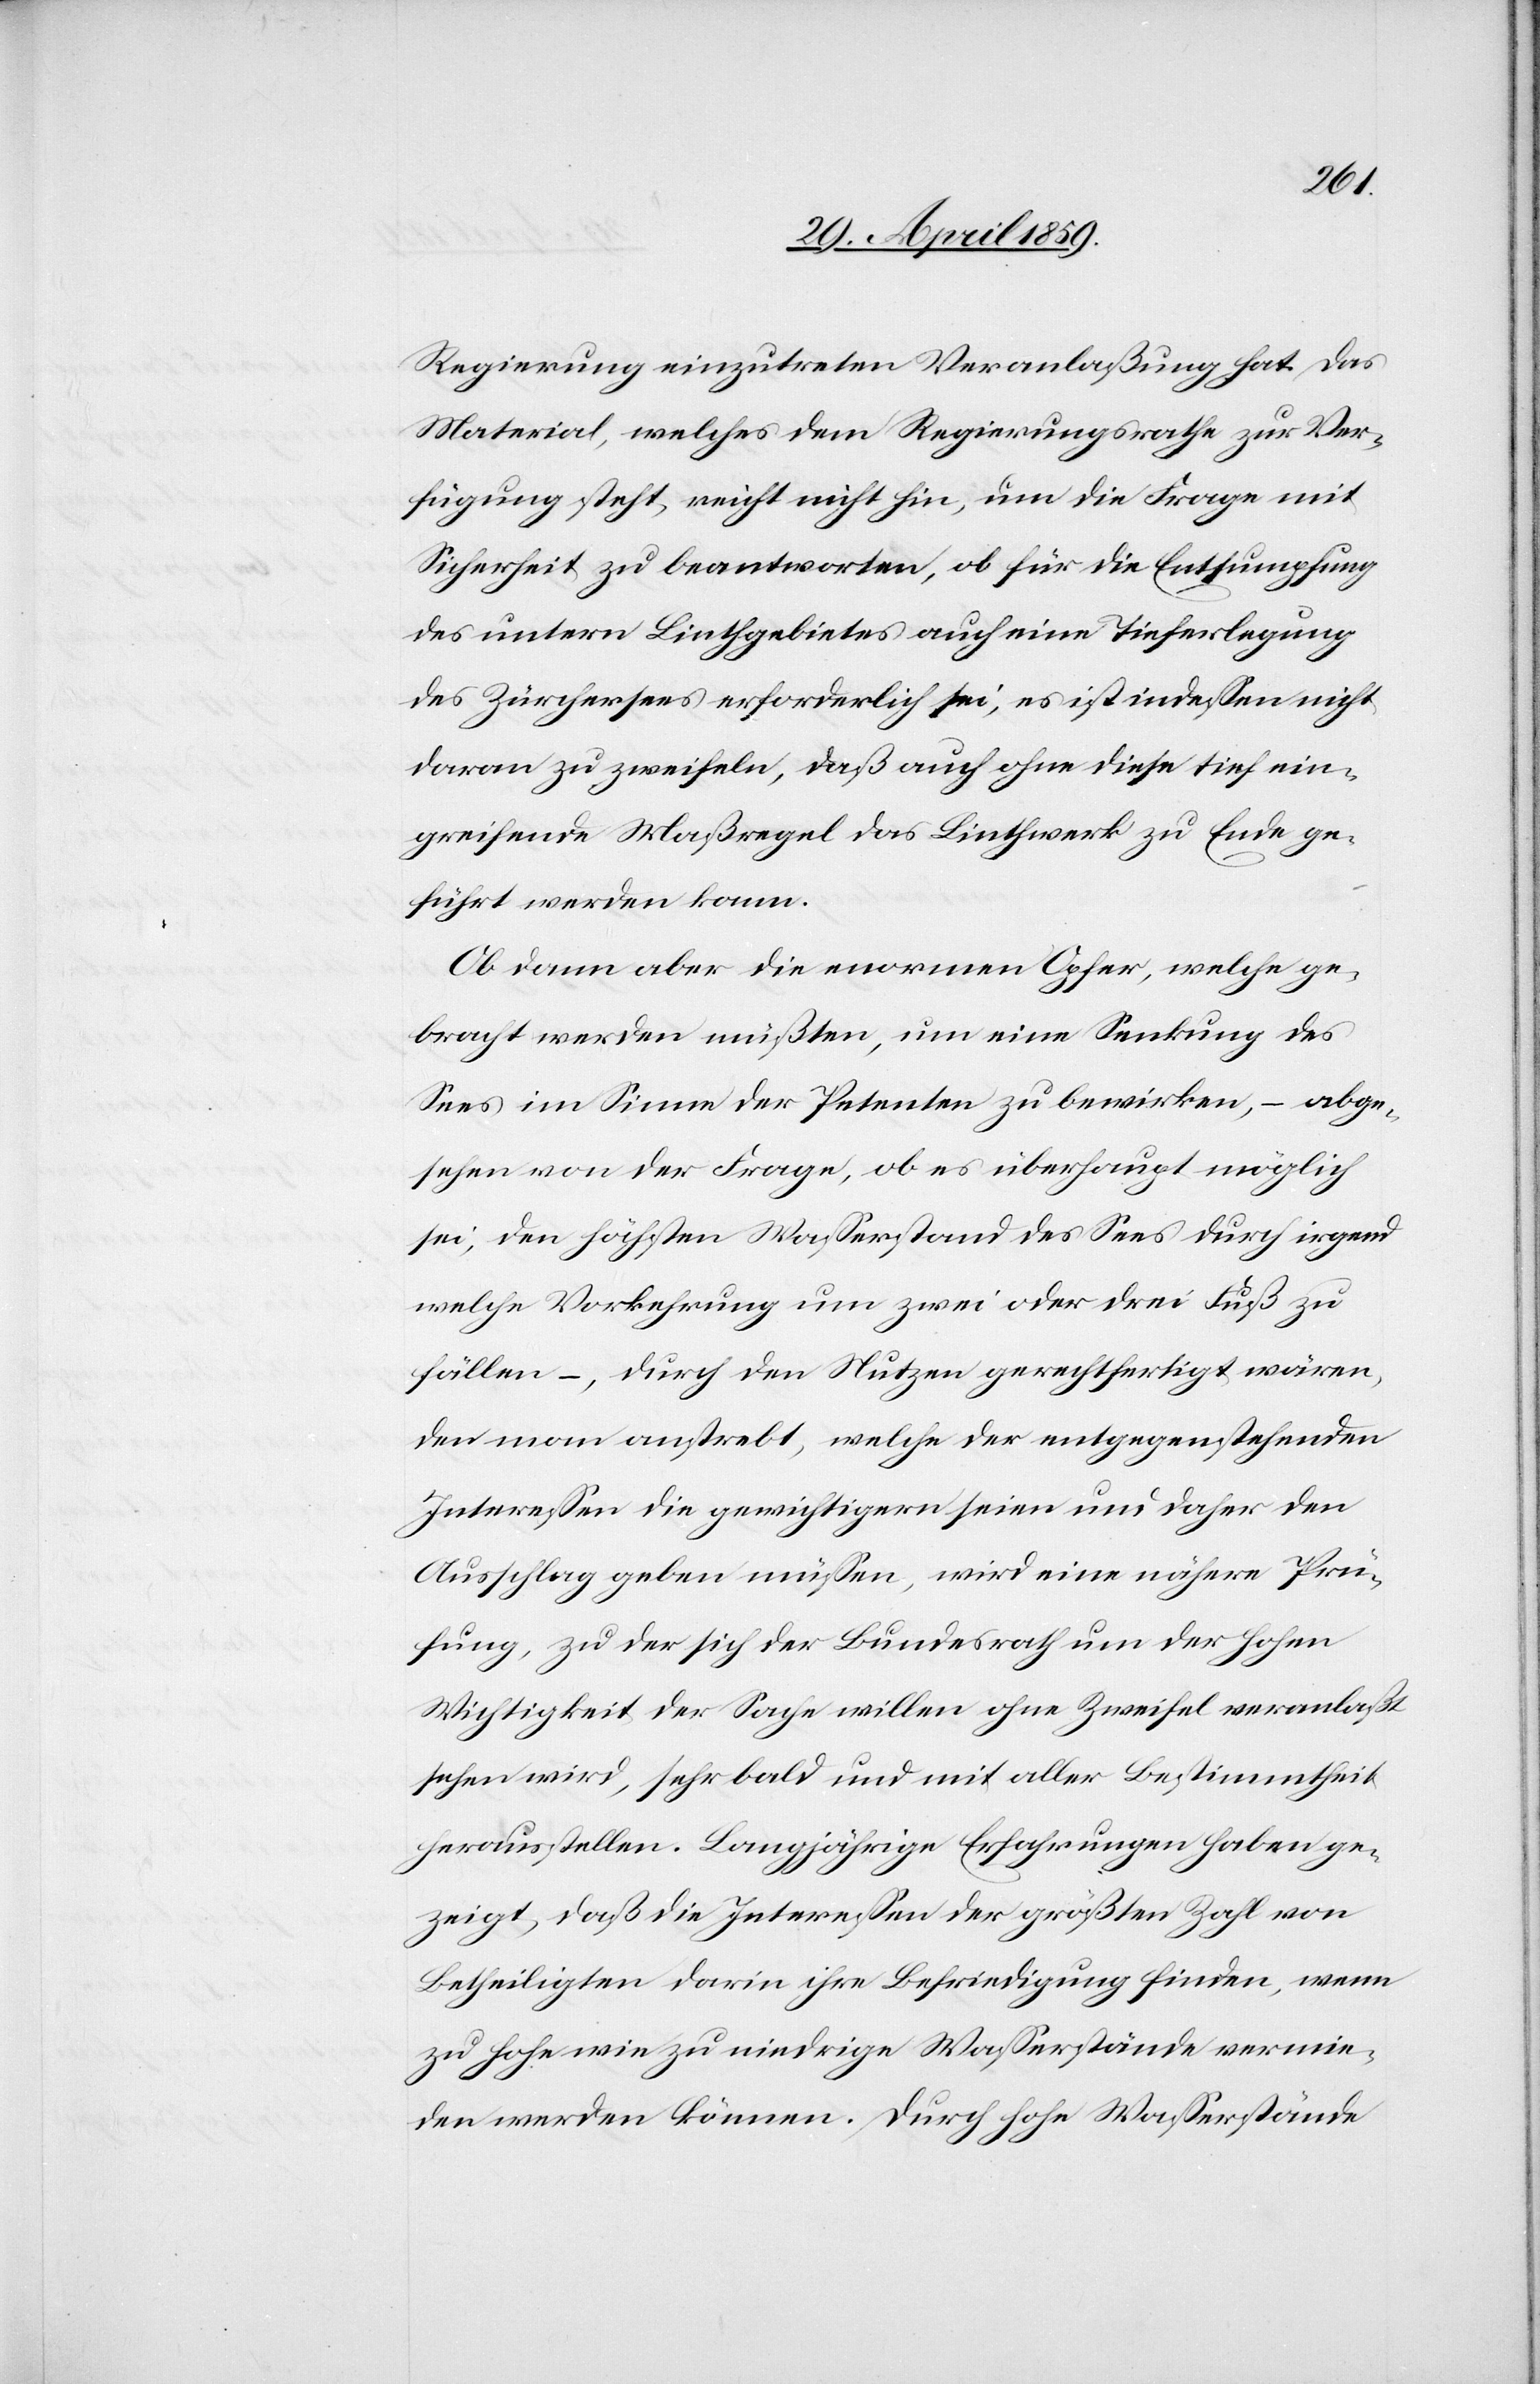
Regierung einzutreten Veranlaßung hat. Das
Material, welches dem Regierungsrathe zur Ver¬
fügung steht, reicht nicht hin, um die Frage mit
Sicherheit zu beantworten, ob für die Entsumpfung
des untern Linthgebietes auch eine Tieferlegung
des Zürchersees erforderlich sei, es ist indeßen nicht
daran zu zweifeln, daß auch ohne diese tief ein¬
greifende Maßregel das Linthwerk zu Ende ge¬
führt werden kann.
Ob dann aber die enormen Opfer, welche ge¬
bracht werden müßten, um eine Senkung des
Sees im Sinne der Petenten zu bewirken, ( abge¬
sehen von der Frage, ob es überhaupt möglich
sei, den höchsten Waßerstand des Sees durch irgend
welche Vorkehrungen um zwei oder drei Fuß zu
fällen (, durch den Nutzen gerechtfertigt wären,
den man anstrebt, welche der entgegenstehenden
Intereßen die gewichtigern seien und daher den
Ausschlag geben müßen, wird eine nähere Prü¬
fung, zu der sich der Bundesrath um der hohen
Wichtigkeit der Sache willen ohne Zweifel veranlaßt
sehen wird, sehr bald und mit aller Bestimmtheit
herausstellen. Langjährige Erfahrungen haben ge¬
zeigt, daß die Intereßen der größten Zahl von
Betheiligten darin ihre Befriedigung finden, wenn
zu hohe wie zu niedrige Waßerstände vermie¬
den werden können. Durch hohe Waßerstände